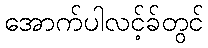
အောက်ပါလင့်ခ်တွင်